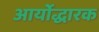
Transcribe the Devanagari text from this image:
आर्योद्धारक